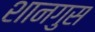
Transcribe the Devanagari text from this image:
शानगुस